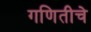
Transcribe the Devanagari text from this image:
गणितीचे